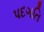
પદગતિ